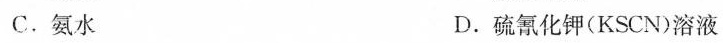
C.氨水 D.硫氰化钾(KSCN)溶液